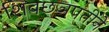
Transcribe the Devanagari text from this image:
शिवछञपतींने